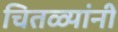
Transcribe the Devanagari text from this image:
चितळ्यांनी